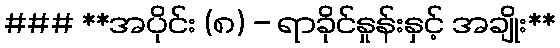
### **အပိုင်း (၈) - ရာခိုင်နှုန်းနှင့် အချိုး**